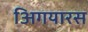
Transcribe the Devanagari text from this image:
अिगयारस